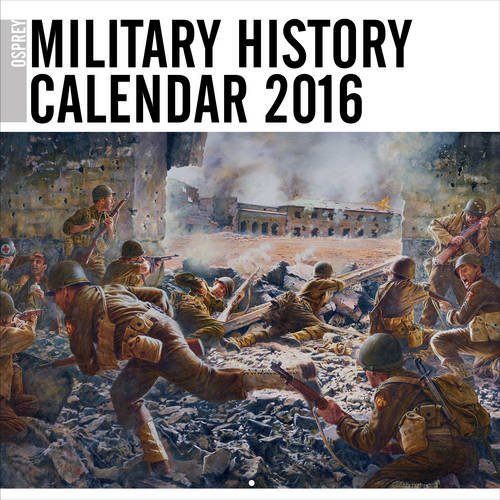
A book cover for Osprey Military History Calendar 2016 (General Military); Osprey Publishing; Arts & Photography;